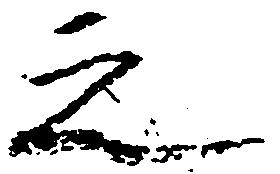
之